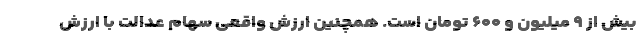
بیش از ۹ میلیون و ۶۰۰ تومان است. همچنین ارزش واقعی سهام عدالت با ارزش